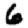
Digit: 6